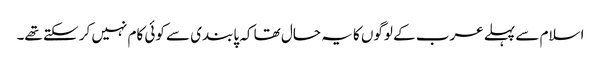
اسلام سے پہلے عرب کے لوگوں کا یہ حال تھا کہ پابندی سے کوئی کام نہیں کر سکتے تھے۔